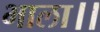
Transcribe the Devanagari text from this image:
भाला।।